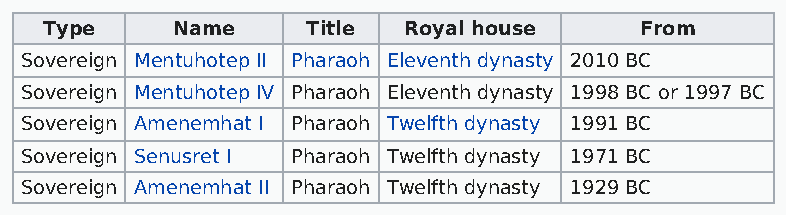
Type    Name     Title  Royal house    From
 Sovereign Mentuhotep II Pharaoh Eleventh dynasty 2010 BC
 Sovereign Mentuhotep IV Pharaoh Eleventh dynasty 1998 BC or 1997 BC
 Sovereign Amenemhat I Pharaoh Twelfth dynasty 1991 BC
 Sovereign Senusret I Pharaoh Twelfth dynasty 1971 BC
 Sovereign Amenemhat II Pharaoh Twelfth dynasty 1929 BC